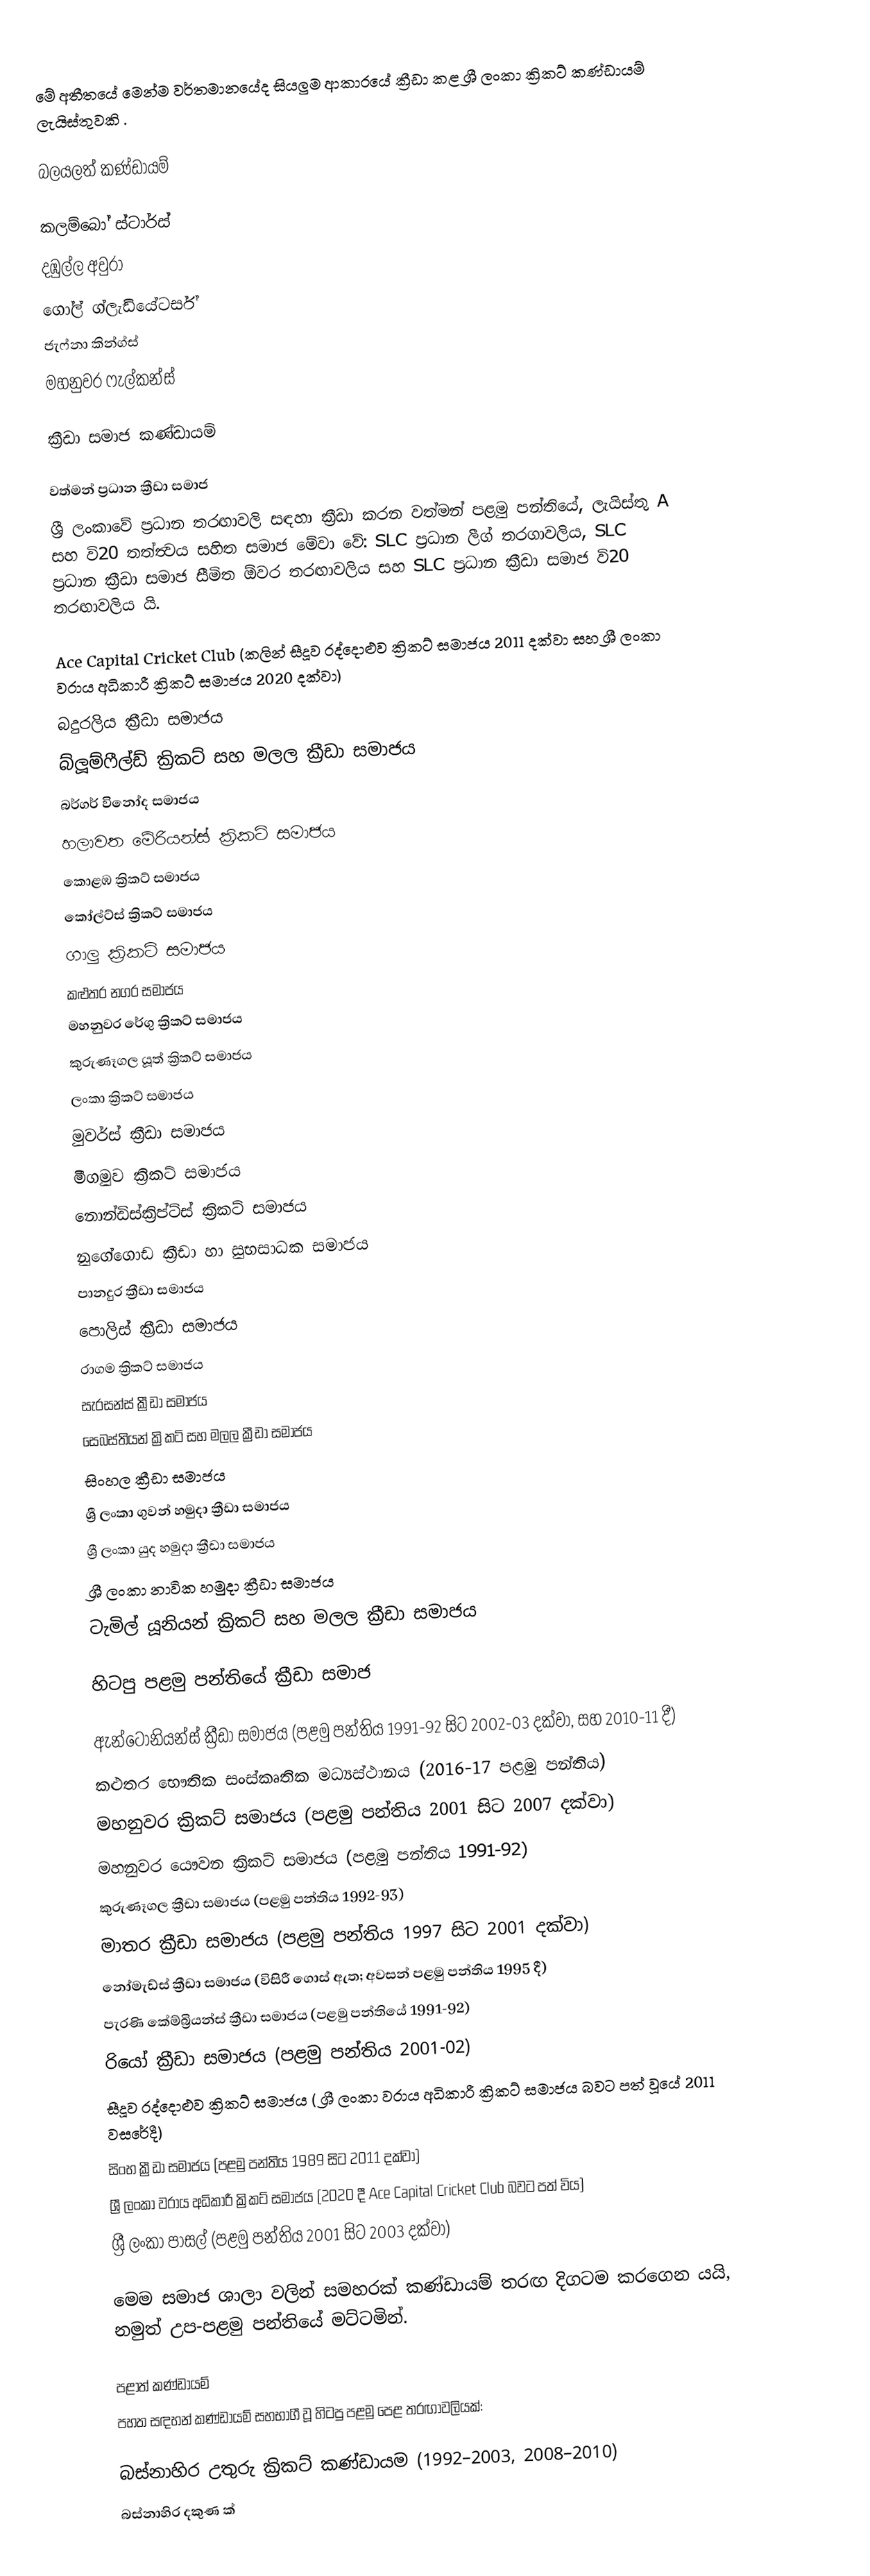
මේ අතීතයේ මෙන්ම වර්තමානයේද සියලුම ආකාරයේ ක්‍රීඩා කළ ශ්‍රී ලංකා ක්‍රිකට් කණ්ඩායම් ලැයිස්තුවකි .

බලයලත් කණ්ඩායම්

 කලම්බෝ ස්ටාර්ස්
 දඹුල්ල අවුරා
 ගෝල් ග්ලැඩියේටර්ස්
 ජැෆ්නා කින්ග්ස්
 මහනුවර ෆැල්කන්ස්

ක්‍රීඩා සමාජ කණ්ඩායම්

වත්මන් ප්‍රධාන ක්‍රීඩා සමාජ
ශ්‍රී ලංකාවේ ප්‍රධාන තරඟාවලි සඳහා ක්‍රීඩා කරන වත්මන් පළමු පන්තියේ, ලැයිස්තු A සහ වි20 තත්ත්‍වය සහිත සමාජ මේවා වේ: SLC ප්‍රධාන ලීග් තරගාවලිය, SLC ප්‍රධාන ක්‍රීඩා සමාජ සීමිත ඕවර තරඟාවලිය සහ SLC ප්‍රධාන ක්‍රීඩා සමාජ වි20 තරඟාවලිය යි.

 Ace Capital Cricket Club (කලින් සීදූව රද්දොළුව ක්‍රිකට් සමාජය 2011 දක්වා සහ ශ්‍රී ලංකා වරාය අධිකාරී ක්‍රිකට් සමාජය 2020 දක්වා)
 බදුරලිය ක්‍රීඩා සමාජය
 බ්ලූම්ෆීල්ඩ් ක්‍රිකට් සහ මලල ක්‍රීඩා සමාජය
 බර්ගර් විනෝද සමාජය
 හලාවත මේරියන්ස් ක්‍රිකට් සමාජය
 කොළඹ ක්‍රිකට් සමාජය
 කෝල්ට්ස් ක්‍රිකට් සමාජය
 ගාලු ක්‍රිකට් සමාජය
 කළුතර නගර සමාජය
 මහනුවර රේගු ක්‍රිකට් සමාජය
 කුරුණෑගල යූත් ක්‍රිකට් සමාජය
 ලංකා ක්‍රිකට් සමාජය
 මුවර්ස් ක්‍රීඩා සමාජය
 මීගමුව ක්‍රිකට් සමාජය
 නොන්ඩිස්ක්‍රිප්ට්ස් ක්‍රිකට් සමාජය
 නුගේගොඩ ක්‍රීඩා හා සුභසාධක සමාජය
 පානදුර ක්‍රීඩා සමාජය
 පොලිස් ක්‍රීඩා සමාජය
 රාගම ක්‍රිකට් සමාජය
 සැරසන්ස් ක්‍රීඩා සමාජය
 සෙබස්තියන් ක්‍රිකට් සහ මලල ක්‍රීඩා සමාජය
 සිංහල ක්‍රීඩා සමාජය
 ශ්‍රී ලංකා ගුවන් හමුදා ක්‍රීඩා සමාජය
 ශ්‍රී ලංකා යුද හමුදා ක්‍රීඩා සමාජය
 ශ්‍රී ලංකා නාවික හමුදා ක්‍රීඩා සමාජය
 ටැමිල් යූනියන් ක්‍රිකට් සහ මලල ක්‍රීඩා සමාජය

හිටපු පළමු පන්තියේ ක්‍රීඩා සමාජ

 ඇන්ටෝනියන්ස් ක්‍රීඩා සමාජය (පළමු පන්තිය 1991-92 සිට 2002-03 දක්වා, සහ 2010-11 දී)
 කළුතර භෞතික සංස්කෘතික මධ්‍යස්ථානය (2016-17 පළමු පන්තිය)
 මහනුවර ක්‍රිකට් සමාජය (පළමු පන්තිය 2001 සිට 2007 දක්වා)
 මහනුවර යෞවන ක්‍රිකට් සමාජය (පළමු පන්තිය 1991-92)
 කුරුණෑගල ක්‍රීඩා සමාජය (පළමු පන්තිය 1992-93)
 මාතර ක්‍රීඩා සමාජය (පළමු පන්තිය 1997 සිට 2001 දක්වා)
 නෝමැඩ්ස් ක්‍රීඩා සමාජය (විසිරී ගොස් ඇත; අවසන් පළමු පන්තිය 1995 දී)
 පැරණි කේම්බ්‍රියන්ස් ක්‍රීඩා සමාජය (පළමු පන්තියේ 1991-92)
 රියෝ ක්‍රීඩා සමාජය (පළමු පන්තිය 2001-02)
 සීදූව රද්දොළුව ක්‍රිකට් සමාජය ( ශ්‍රී ලංකා වරාය අධිකාරී ක්‍රිකට් සමාජය බවට පත් වූයේ 2011 වසරේදී)
 සිංහ ක්‍රීඩා සමාජය (පළමු පන්තිය 1989 සිට 2011 දක්වා)
 ශ්‍රී ලංකා වරාය අධිකාරී ක්‍රිකට් සමාජය (2020 දී Ace Capital Cricket Club බවට පත් විය)
 ශ්‍රී ලංකා පාසල් (පළමු පන්තිය 2001 සිට 2003 දක්වා)

මෙම සමාජ ශාලා වලින් සමහරක් කණ්ඩායම් තරඟ දිගටම කරගෙන යයි, නමුත් උප-පළමු පන්තියේ මට්ටමින්.

පළාත් කණ්ඩායම්
පහත සඳහන් කණ්ඩායම් සහභාගී වූ හිටපු පළමු පෙළ තරඟාවලියක්:

 බස්නාහිර උතුරු ක්‍රිකට් කණ්ඩායම (1992–2003, 2008–2010)
 බස්නාහිර දකුණ ක්